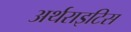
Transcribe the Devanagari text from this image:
अर्थराइटिस